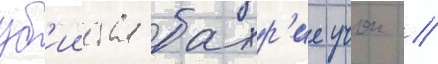
уб'ииства бахр'ие учок //